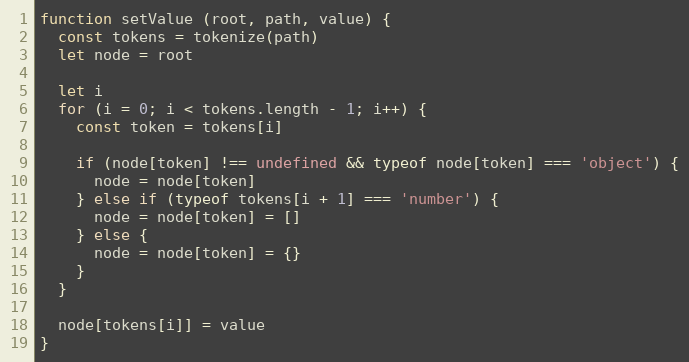
Language: JavaScript
function setValue (root, path, value) {
  const tokens = tokenize(path)
  let node = root

  let i
  for (i = 0; i < tokens.length - 1; i++) {
    const token = tokens[i]

    if (node[token] !== undefined && typeof node[token] === 'object') {
      node = node[token]
    } else if (typeof tokens[i + 1] === 'number') {
      node = node[token] = []
    } else {
      node = node[token] = {}
    }
  }

  node[tokens[i]] = value
}